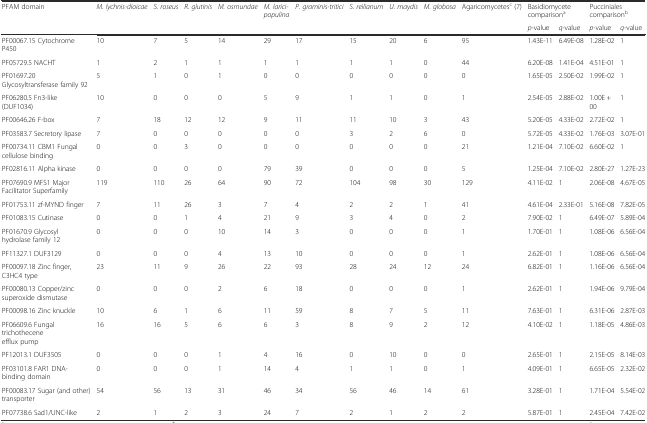
<table><thead><tr><td rowspan="2"><b>PFAM domain</b></td><td rowspan="2"><b><i>M. lychnis-dioicae</i></b></td><td rowspan="2"><b><i>S. roseus</i></b></td><td rowspan="2"><b><i>R. glutinis</i></b></td><td rowspan="2"><b><i>M. osmundae</i></b></td><td rowspan="2"><b><i>M. larici-populina</i></b></td><td rowspan="2"><b><i>P. graminis-tritici</i></b></td><td rowspan="2"><b><i>S. reilianum</i></b></td><td rowspan="2"><b><i>U. maydis</i></b></td><td rowspan="2"><b><i>M. globosa</i></b></td><td rowspan="2"><b>Agaricomycetes<sup>c</sup> (7)</b></td><td colspan="2"><b>Basidiomycete comparison<sup>a</sup></b></td><td colspan="2"><b>Pucciniales comparison<sup>b</sup></b></td></tr><tr><td><b><i>p</i>-value</b></td><td><b><i>q</i>-value</b></td><td><b><i>p</i>-value</b></td><td><b><i>q</i>-value</b></td></tr></thead><tbody><tr><td>PF00067.15 Cytochrome P450</td><td>10</td><td>7</td><td>5</td><td>14</td><td>29</td><td>17</td><td>15</td><td>20</td><td>6</td><td>95</td><td>1.43E-11</td><td>6.49E-08</td><td>1.28E-02</td><td>1</td></tr><tr><td>PF05729.5 NACHT</td><td>1</td><td>2</td><td>1</td><td>1</td><td>1</td><td>1</td><td>1</td><td>1</td><td>0</td><td>44</td><td>6.20E-08</td><td>1.41E-04</td><td>4.51E-01</td><td>1</td></tr><tr><td>PF01697.20 Glycosyltransferase family 92</td><td>5</td><td>1</td><td>0</td><td>1</td><td>0</td><td>0</td><td>0</td><td>0</td><td>0</td><td>0</td><td>1.65E-05</td><td>2.50E-02</td><td>1.99E-02</td><td>1</td></tr><tr><td>PF06280.5 Fn3-like (DUF1034)</td><td>10</td><td>0</td><td>0</td><td>0</td><td>5</td><td>9</td><td>1</td><td>1</td><td>0</td><td>1</td><td>2.54E-05</td><td>2.88E-02</td><td>1.00E + 00</td><td>1</td></tr><tr><td>PF00646.26 F-box</td><td>7</td><td>18</td><td>12</td><td>12</td><td>9</td><td>11</td><td>11</td><td>10</td><td>3</td><td>43</td><td>5.20E-05</td><td>4.33E-02</td><td>2.72E-02</td><td>1</td></tr><tr><td>PF03583.7 Secretory lipase</td><td>7</td><td>0</td><td>0</td><td>0</td><td>0</td><td>0</td><td>3</td><td>2</td><td>6</td><td>0</td><td>5.72E-05</td><td>4.33E-02</td><td>1.76E-03</td><td>3.07E-01</td></tr><tr><td>PF00734.11 CBM1 Fungal cellulose binding</td><td>0</td><td>0</td><td>3</td><td>0</td><td>0</td><td>0</td><td>0</td><td>0</td><td>0</td><td>21</td><td>1.21E-04</td><td>7.10E-02</td><td>6.60E-02</td><td>1</td></tr><tr><td>PF02816.11 Alpha kinase</td><td>0</td><td>0</td><td>0</td><td>0</td><td>79</td><td>39</td><td>0</td><td>0</td><td>0</td><td>5</td><td>1.25E-04</td><td>7.10E-02</td><td>2.80E-27</td><td>1.27E-23</td></tr><tr><td>PF07690.9 MFS1 Major Facilitator Superfamily</td><td>119</td><td>110</td><td>26</td><td>64</td><td>90</td><td>72</td><td>104</td><td>98</td><td>30</td><td>129</td><td>4.11E-02</td><td>1</td><td>2.06E-08</td><td>4.67E-05</td></tr><tr><td>PF01753.11 zf-MYND finger</td><td>7</td><td>11</td><td>26</td><td>3</td><td>7</td><td>4</td><td>2</td><td>2</td><td>1</td><td>41</td><td>4.61E-04</td><td>2.33E-01</td><td>5.16E-08</td><td>7.82E-05</td></tr><tr><td>PF01083.15 Cutinase</td><td>0</td><td>0</td><td>1</td><td>4</td><td>21</td><td>9</td><td>3</td><td>4</td><td>0</td><td>2</td><td>7.90E-02</td><td>1</td><td>6.49E-07</td><td>5.89E-04</td></tr><tr><td>PF01670.9 Glycosyl hydrolase family 12</td><td>0</td><td>0</td><td>0</td><td>10</td><td>14</td><td>3</td><td>0</td><td>0</td><td>0</td><td>1</td><td>1.70E-01</td><td>1</td><td>1.08E-06</td><td>6.56E-04</td></tr><tr><td>PF11327.1 DUF3129</td><td>0</td><td>0</td><td>0</td><td>4</td><td>13</td><td>10</td><td>0</td><td>0</td><td>0</td><td>1</td><td>2.62E-01</td><td>1</td><td>1.08E-06</td><td>6.56E-04</td></tr><tr><td>PF00097.18 Zinc finger, C3HC4 type</td><td>23</td><td>11</td><td>9</td><td>26</td><td>22</td><td>93</td><td>28</td><td>24</td><td>12</td><td>24</td><td>6.82E-01</td><td>1</td><td>1.16E-06</td><td>6.56E-04</td></tr><tr><td>PF00080.13 Copper/zinc superoxide dismutase</td><td>0</td><td>0</td><td>0</td><td>2</td><td>6</td><td>18</td><td>0</td><td>0</td><td>0</td><td>1</td><td>2.62E-01</td><td>1</td><td>1.94E-06</td><td>9.79E-04</td></tr><tr><td>PF00098.16 Zinc knuckle</td><td>10</td><td>6</td><td>1</td><td>6</td><td>11</td><td>59</td><td>8</td><td>7</td><td>5</td><td>11</td><td>7.63E-01</td><td>1</td><td>6.31E-06</td><td>2.87E-03</td></tr><tr><td>PF06609.6 Fungal trichothecene efflux pump</td><td>16</td><td>16</td><td>5</td><td>6</td><td>6</td><td>3</td><td>8</td><td>9</td><td>2</td><td>12</td><td>4.10E-02</td><td>1</td><td>1.18E-05</td><td>4.86E-03</td></tr><tr><td>PF12013.1 DUF3505</td><td>0</td><td>0</td><td>0</td><td>1</td><td>4</td><td>16</td><td>0</td><td>10</td><td>0</td><td>0</td><td>2.65E-01</td><td>1</td><td>2.15E-05</td><td>8.14E-03</td></tr><tr><td>PF03101.8 FAR1 DNA-binding domain</td><td>0</td><td>0</td><td>0</td><td>1</td><td>14</td><td>4</td><td>1</td><td>1</td><td>0</td><td>1</td><td>4.09E-01</td><td>1</td><td>6.65E-05</td><td>2.32E-02</td></tr><tr><td>PF00083.17 Sugar (and other) transporter</td><td>54</td><td>56</td><td>13</td><td>31</td><td>46</td><td>34</td><td>56</td><td>46</td><td>14</td><td>61</td><td>3.28E-01</td><td>1</td><td>1.71E-04</td><td>5.54E-02</td></tr><tr><td>PF07738.6 Sad1/UNC-like</td><td>2</td><td>1</td><td>2</td><td>3</td><td>24</td><td>7</td><td>2</td><td>1</td><td>2</td><td>2</td><td>5.87E-01</td><td>1</td><td>2.45E-04</td><td>7.42E-02</td></tr></tbody></table>